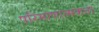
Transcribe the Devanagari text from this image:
परिमाणात्मकता